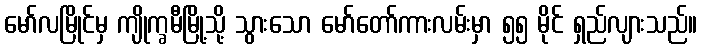
မော်လမြိုင်မှ ကျိုက္ခမီမြို့သို့ သွားသော မော်တော်ကားလမ်းမှာ ၅၅ မိုင် ရှည်လျားသည်။